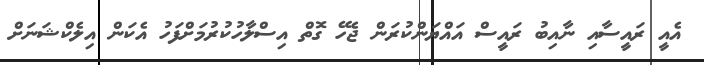
އެއީ ރައީސާއި ނާއިބު ރައީސް އައްޔަންކުރަން ޖެހޭ ގޮތް އިސްލާހުކުރުމަށްފަހު އެކަން އިލެކްޝަނަށް